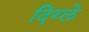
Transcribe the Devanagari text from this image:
दिग्ले